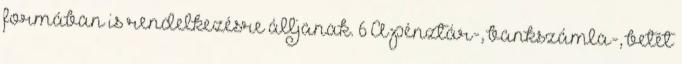
formában is rendelkezésre álljanak. 6 A pénztár-, bankszámla-, betét